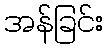
အန်ခြင်း